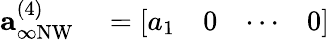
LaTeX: \begin{array}{rl}{\mathbf{a}_{\infty\mathrm{NW}}^{(4)}}&{{}=\left[\begin{array}{llll}{a_{1}}&{0}&{\cdots}&{0}\end{array}\right]}\end{array}